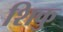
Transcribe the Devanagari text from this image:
शिकु